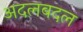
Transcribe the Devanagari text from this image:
अदलबदल